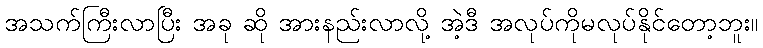
အသက်ကြီးလာပြီး အခု ဆို အားနည်းလာလို့ အဲ့ဒီ အလုပ်ကိုမလုပ်နိုင်တော့ဘူး။